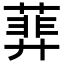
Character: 𦻥